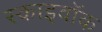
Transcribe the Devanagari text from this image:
स्काइवॉक